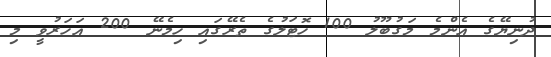
ދުނިޔޭގެ އެންމެ މަގުބޫލު 100 ހޮޓަލުގެ ތެރޭގައި ހިމެނޭ 200 އަހަރުވީ މި